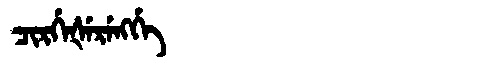
Manchu: ᠴᡳᡵᡤᡝᡧᡝᡵᡝᠩᡤᡝ
Romanization: CIRGEŠERENGGE